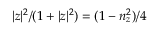
| z | ^ { 2 } / ( 1 + | z | ^ { 2 } ) = ( 1 - n _ { z } ^ { 2 } ) / 4